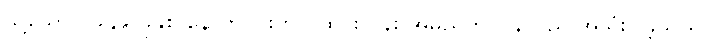
သို့သော် ၁၉၄၉ ခုနှစ် နောက်ပိုင်းတွင် ထိုင်းလန်း အမည်ကို ပြန်လည် အသုံးပြုခဲ့သည်။